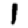
Digit: 1